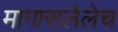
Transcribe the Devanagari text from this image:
मागासलेलेच